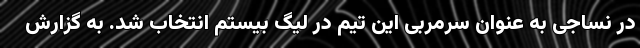
در نساجی به عنوان سرمربی این تیم در لیگ بیستم انتخاب شد. به گزارش